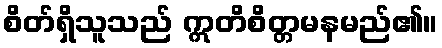
စိတ်ရှိသူသည် ဣတိစိတ္တမနမည်၏။